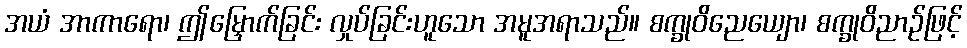
အယံ အာကာရော၊ ဤမြှောက်ခြင်း လှုပ်ခြင်းဟူသော အမူအရာသည်။ စက္ခုဝိညေယျော၊ စက္ခုဝိညာဉ်ဖြင့်